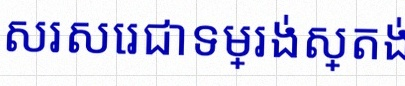
សរសេរជាទម្រង់ស្តង់ដារ